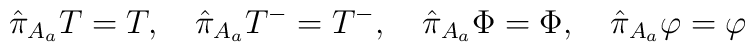
\hat{\pi}_{A_a} T=T ,\quad\hat{\pi}_{A_a} T^-=T^- ,\quad\hat{\pi}_{A_a} \Phi=\Phi ,\quad\hat{\pi}_{A_a} \varphi=\varphi